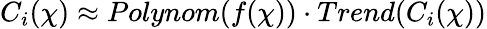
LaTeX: C_{i}(\chi)\approx Polynom(f(\chi))\cdot Trend(C_{i}(\chi))